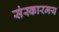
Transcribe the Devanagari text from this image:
संस्कारमय